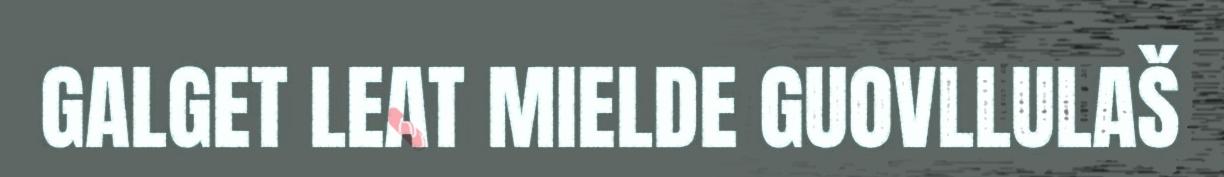
GALGET LEAT MIELDE GUOVLLULAŠ